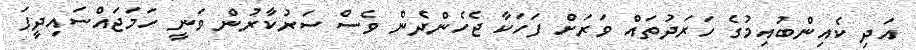
އަދި ކެއިންބުއިމުގެ ހަރަދުތައް ވަރަށް ފަހަކާ ޖެހެންދެން ވެސް ސަރުކާރުން ވަނީ ހަމަޖައްސައިދީފަ